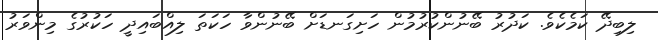
ލިބިދޭ ކަމެކެވެ. ކަދުރު ބޭނުންކުރުމުން ހަށިގަނޑަށް ބޭނުންވާ ހަކަތަ ލިއްބައިދީ ހަކުރުގެ މިންވަރު